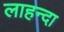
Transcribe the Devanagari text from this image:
लाहन्दा